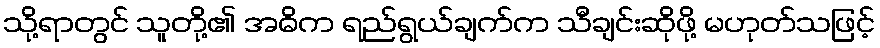
သို့ရာတွင် သူတို့၏ အဓိက ရည်ရွယ်ချက်က သီချင်းဆိုဖို့ မဟုတ်သဖြင့်